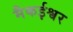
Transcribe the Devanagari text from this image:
मैकईश्वर